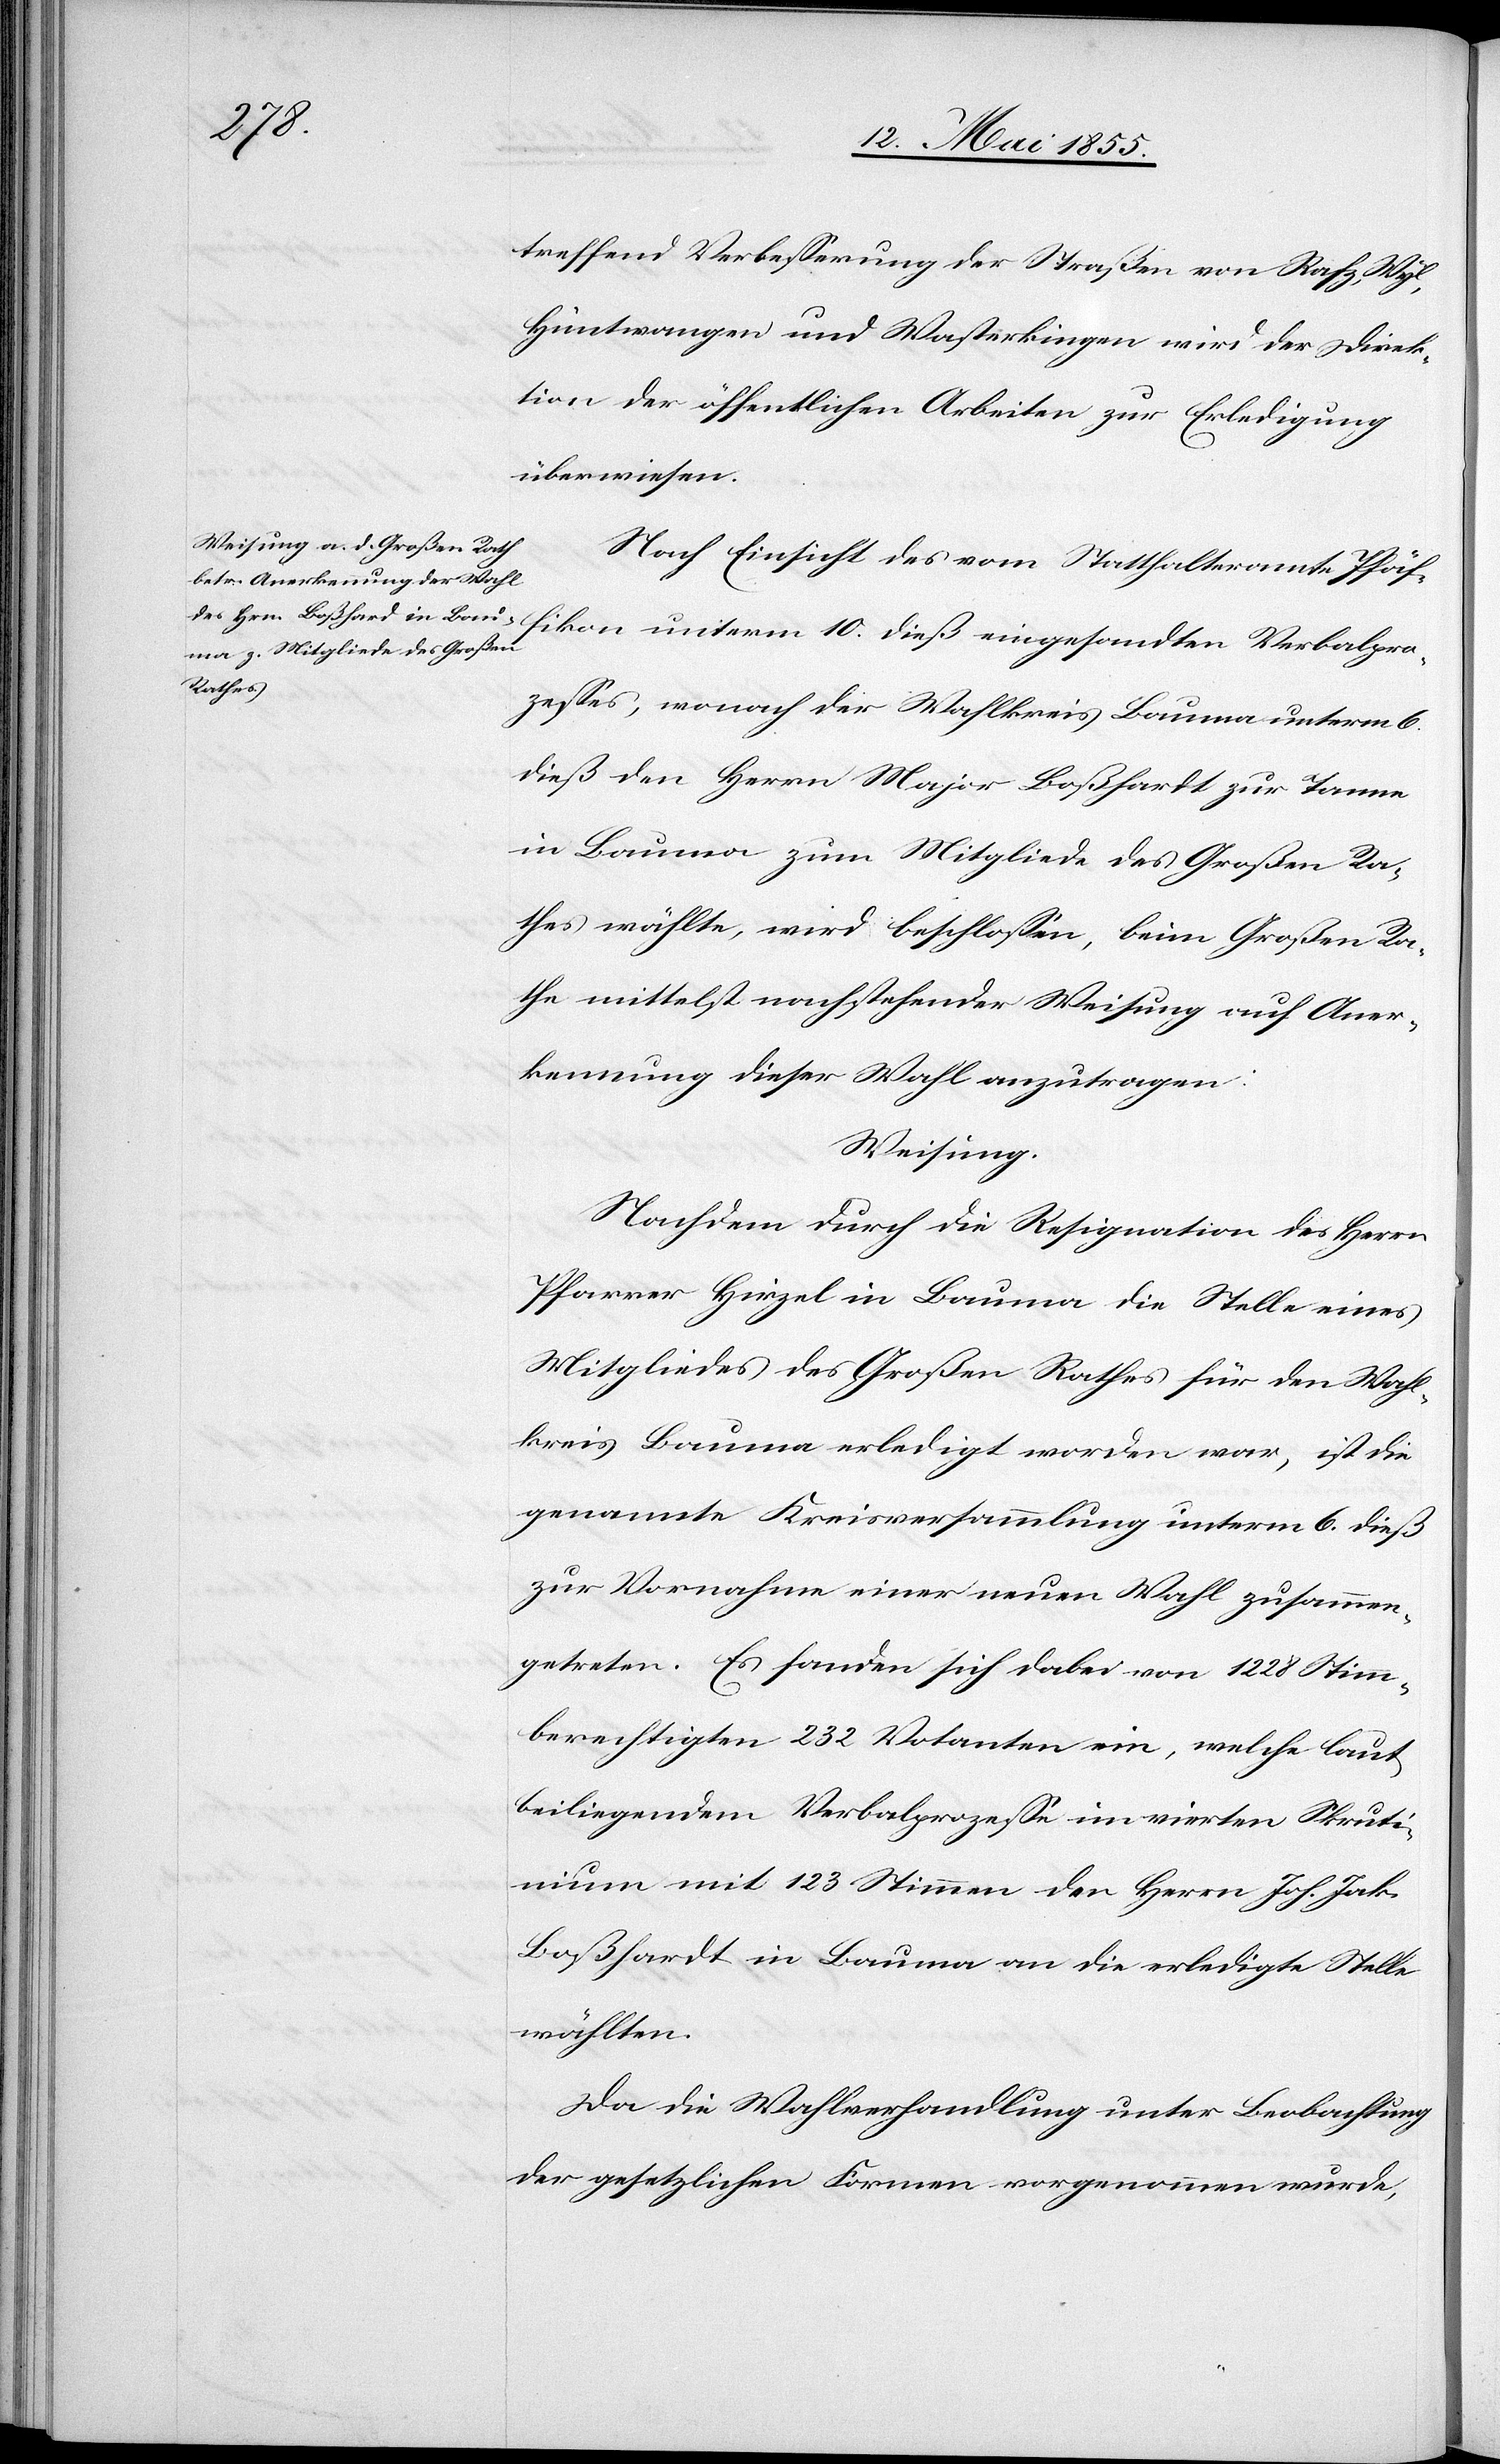
Verbalpr¬
treffend Verbesserung der Straßen von Rafz, Wyl,
Hüntwangen und Wasterkingen wird der Direk¬
tion der öffentlichen Arbeiten zur Erledigung
überwiesen.
Nach Einsicht des vom Statthalteramte Pfäf¬
ozesses, wonach der Wahlkreis Bauma unterm 6.
dieß den Herrn Major Boßhardt [sic!] zur Tanne
in Bauma zum Mitgliede des Großen Ra¬
thes wählte, wird beschlossen, beim Großen Ra¬
the mittelst nachstehender Weisung auf Aner¬
kennung dieser Wahl anzutragen:
Weisung.
Nachdem durch die Resignation des Herrn
Pfarrer Hirzel in Bauma die Stelle eines
Mitgliedes des Großen Rathes für den Wahl¬
kreis Bauma erledigt worden war, ist die
genannte Kreisversammlung unterm 6. dieß
zur Vornahme einer neuen Wahl zusammen¬
getreten. Es fanden sich dabei von 1228 Stimm¬
berechtigten 232 Votanten ein, welche laut
beiliegendem Verbalprozesse im vierten Skruti¬
nium mit 123 Stimmen den Herrn Joh. Jak.
Boßhardt in Bauma an die erledigte Stelle
wählten.
Da die Wahlverhandlung unter Beobachtung
der gesetzlichen Formen vorgenommen wurde,